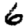
Digit: 6